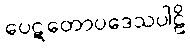
ပေဋတောပဒေသပါဠိ